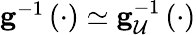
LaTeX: \begin{array}{r}{\mathbf{g}^{-1}\left(\cdot\right)\simeq\mathbf{g}_{\mathcal{U}}^{-1}\left(\cdot\right)}\end{array}